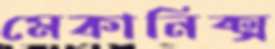
মেকানিক্স